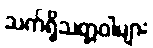
သက်ရှိသတ္တဝါများ